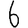
Digit: 6